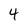
Character: 4